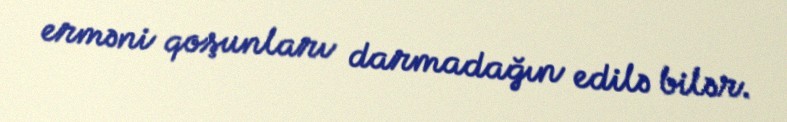
erməni qoşunları darmadağın edilə bilər.